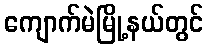
ကျောက်မဲမြို့နယ်တွင်